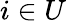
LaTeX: i\in U